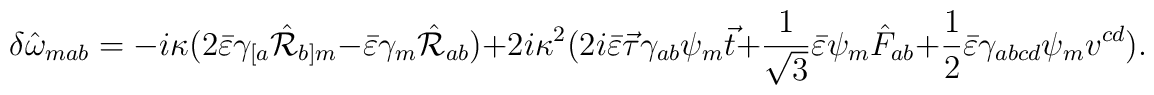
\delta \hat\omega_{mab}=-i\kappa(2\bar{\varepsilon}\gamma_{[a}\hat{\cal R}_{b]m}-\bar\varepsilon\gamma_m\hat{\cal R}_{ab}) +2i\kappa^2(2i\bar{\varepsilon}\vec{\tau}\gamma_{ab}\psi_m\vec{t}+\frac{1}{\sqrt{3}}\bar{\varepsilon}\psi_m\hat{F}_{ab}+\frac{1}{2}\bar{\varepsilon}\gamma_{abcd}\psi_mv^{cd}).